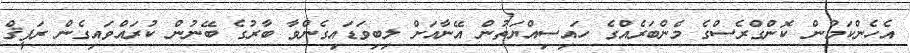
އެހެންކަމުން ކޮންގްރެސްގެ މެންބަރެއްގެ ހައިސިއްޔަތުން އޭނާއަށް ލިބިވަޑައިގެންވާ ބާރުގެ ބޭނުން ކުރައްވައިގެން ރަފީޤް